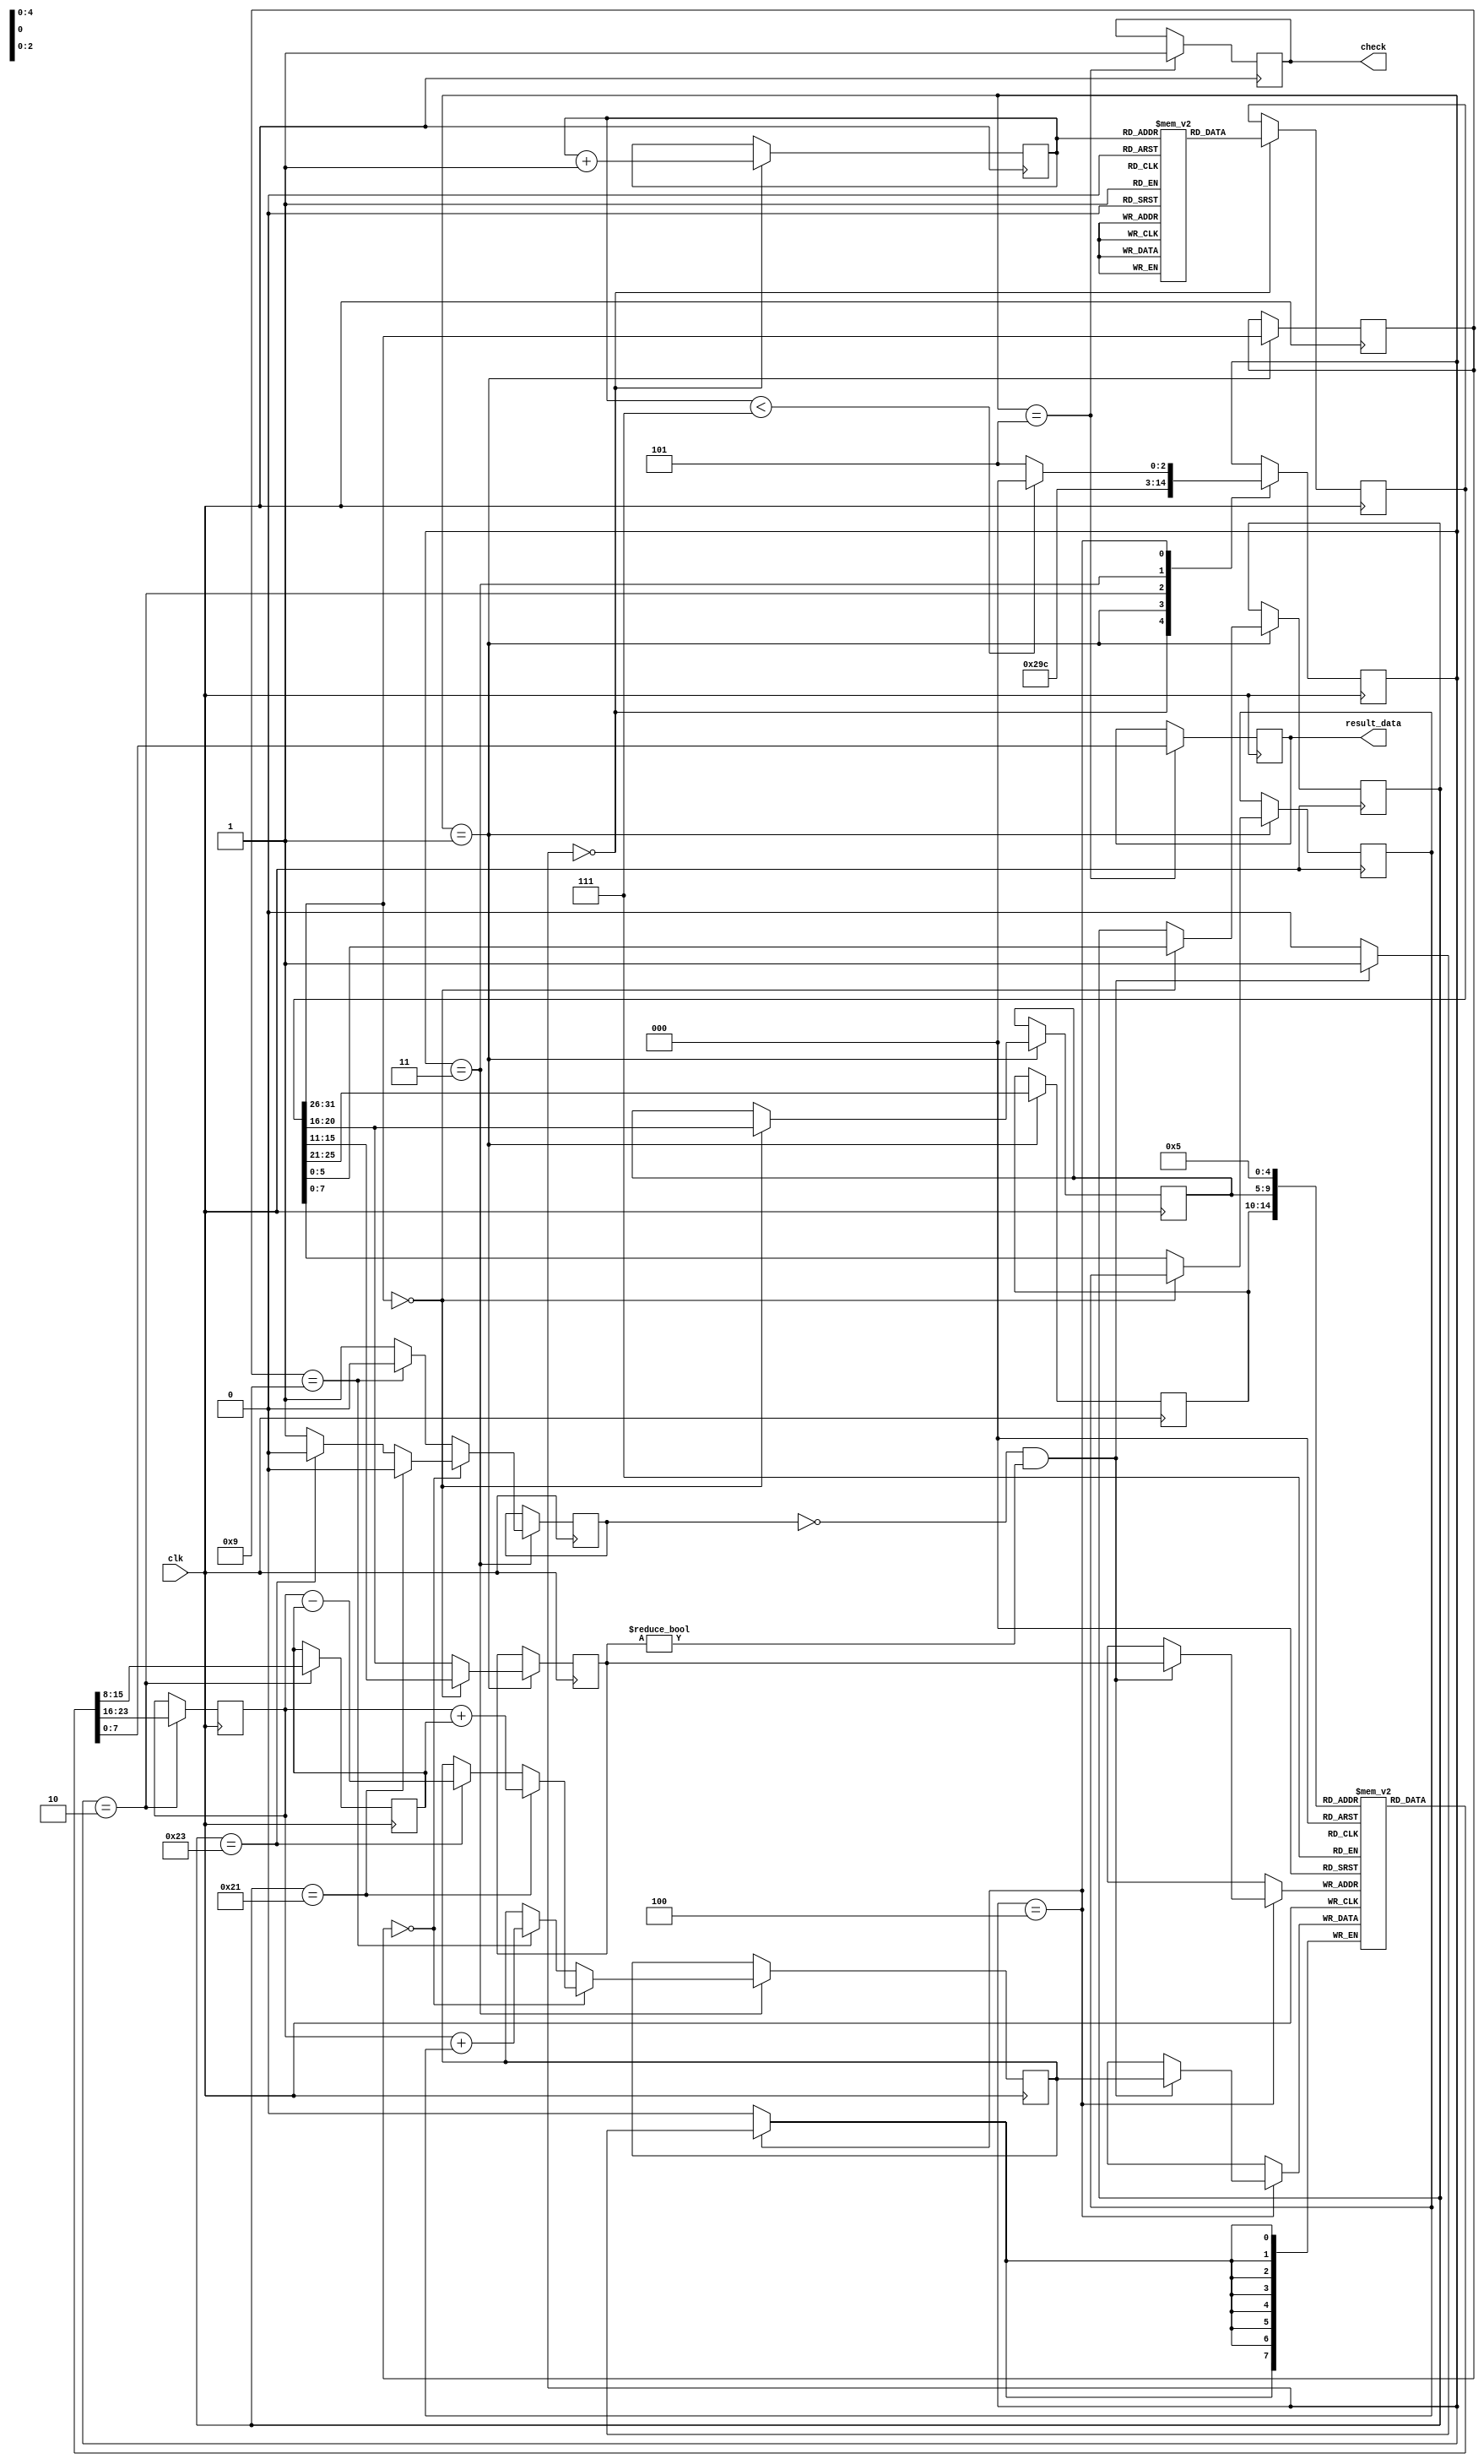
`define OUTPUT_REG 5

module res(clk,result_data,check);

	input clk;
	output reg [7:0]result_data;
	output check;
	
	reg [2:0]present_state;
	reg [31:0]instruction;
	reg [7:0]immediate;
	reg [5:0]opcode;
	reg [5:0]ins_function;
	reg [7:0]result;

	reg [31:0]ins_memory[0:6];
	
	reg [7:0]register[0:31];

	reg [4:0]srcreg1;
	reg [4:0]srcreg2;
	reg [4:0]destreg;

	reg [7:0]src_data1;
	reg [7:0]src_data2;

	reg [2:0]PC;
	reg [2:0]MAX_PC;

	
	reg INVALID;
	reg check=0;

	always @(posedge clk) begin
		case (present_state)
			0 : begin
			instruction <= ins_memory[PC];
			PC <= PC + 1;
			present_state <= 3'b001;
		  end

		  1 : begin
			opcode[5:0] <= instruction[31:26];
			srcreg1 <= instruction[25:21];
			present_state <= 3'b010;

			if(instruction[31:26] == 6'b000000)begin
				srcreg2 <= instruction[20:16];
				destreg <= instruction[15:11];
				ins_function <= instruction[5:0];
			end
			else  begin
			    destreg <= instruction[20:16];
			    immediate <= instruction[7:0];
			end
						
		  end

		  2 : begin
			src_data1 <= register[srcreg1];
			src_data2 <= register[srcreg2];
			present_state <= 3'b011;
		  end

		  3 : begin
			INVALID = 0; 
			if(opcode[5:0] == 6'b000000)begin
				if(ins_function == 6'b100001)
					result <= src_data1 + src_data2;
				else if(ins_function == 6'b100011)
					result <= src_data1 - src_data2;
				else 
					INVALID <= 1;
			end
			else if(opcode[5:0] == 6'b001001)
				result <= src_data1 + immediate;
			else 
				INVALID <= 1;
			present_state <= 3'b100;
		  end

		  4 : begin
			if(INVALID == 1'b0 && destreg != 5'b00000) 
				register[destreg] <= result;
			if(PC < MAX_PC) 
				present_state <= 3'b000;
			else 
				present_state <= 3'b101;
		  end

		  5 : begin
			result_data <= register[`OUTPUT_REG];
			check <= 1; 
		  end
		  
		endcase
	end

	initial begin
		INVALID <= 0;
		register[0] <= 0;
		register[1] <= 0;
		register[2] <= 0;
		register[3] <= 0;
		register[4] <= 0;
		register[5] <= 0;
		register[6] <= 0;
		register[7] <= 0;
		register[8] <= 0;
		register[9] <= 0;
		register[10] <= 0;
		register[11] <= 0;
		register[12] <= 0;
		register[13] <= 0;
		register[14] <= 0;
		register[15] <= 0;
		register[16] <= 0;
		register[17] <= 0;
		register[18] <= 0;
		register[19] <= 0;
		register[20] <= 0;
		register[21] <= 0;
		register[22] <= 0;
		register[23] <= 0;
		register[24] <= 0;
		register[25] <= 0;
		register[26] <= 0;
		register[27] <= 0;
		register[28] <= 0;
		register[29] <= 0;
		register[30] <= 0;
		register[31] <= 0;

		// addiu $1, $0, 45   // opcode: 0x9
		ins_memory[0] <= {6'b001001, 5'b00000, 5'b00001, 8'b00000000, 8'b00101101};
		
		// addiu $2, $0, -20
    	ins_memory[1] <= {6'b001001, 5'b00000, 5'b00010, 8'b11111111, 8'b11101100};

		// addiu $3, $0, -60
		ins_memory[2] <= {6'b001001, 5'b00000, 5'b00011, 8'b11111111, 8'b11000100};

		// addiu $4, $0, 30
		ins_memory[3] <= {6'b001001, 5'b00000, 5'b00100, 8'b00000000, 8'b00011110};

		// addu  $5, $1, $2  // opcode: 0x0, function: 0x21
		ins_memory[4] <= {6'b000000, 5'b00001, 5'b00010, 5'b00101, 5'b00000, 6'b100001};

		// addu  $6, $3, $4
		ins_memory[5] <= {6'b000000, 5'b00011, 5'b00100, 5'b00110, 5'b00000, 6'b100001};

		// subu  $5, $5, $6
		ins_memory[6] <= {6'b000000, 5'b00101, 5'b00110, 5'b00101, 5'b00000, 6'b100011};


		PC <= 3'b000;
		MAX_PC <= 3'b111;
		present_state <= 3'b000;
	end
endmodule